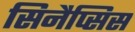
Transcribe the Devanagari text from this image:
सिनैप्सिस